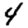
Digit: 4